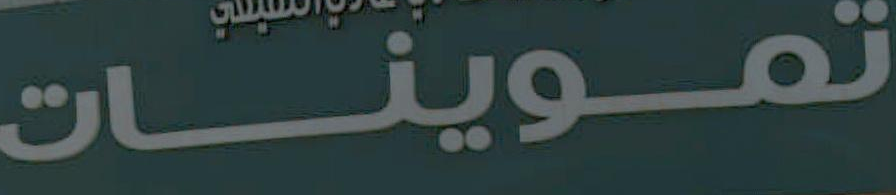
تموينات